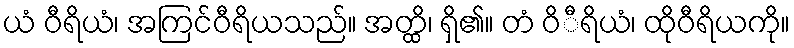
ယံ ဝီရိယံ၊ အကြင်ဝီရိယသည်။ အတ္ထိ၊ ရှိ၏။ တံ ဝိီရိယံ၊ ထိုဝီရိယကို။